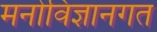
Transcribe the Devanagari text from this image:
मनोविज्ञानगत